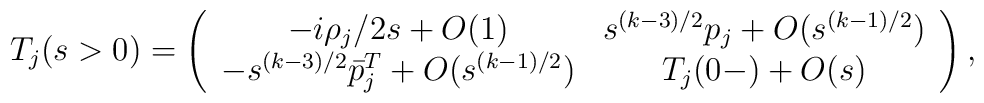
T_j (s>0)=\left(\begin{array}{cc} -i\rho_j/2s+O(1) &                                         s^{(k-3)/2}p_j+O(s^{(k-1)/2})\\                    -s^{(k-3)/2}\bar{p}_j^T+O(s^{(k-1)/2}) &                                                T_j(0-)+O(s)                                                 \end{array}\right) ,